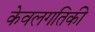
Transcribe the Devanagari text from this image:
केवलगतिकी